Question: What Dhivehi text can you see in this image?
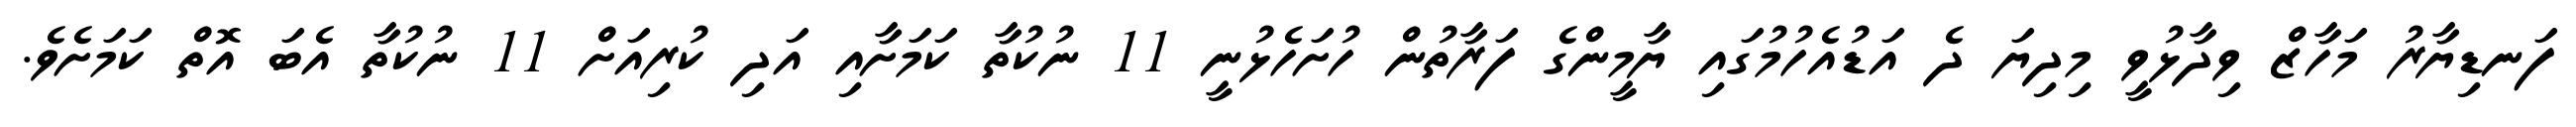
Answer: ފަނޑިޔާރު މަހާޒް ވިދާޅުވީ މިދިޔަ ދެ އަޑުއެހުމުގައި ޔާމީންގެ ފަރާތުން ހުށަހެޅުނީ 11 ނުކުތާ ކަމަށާއި އަދި ކުރިއަށް 11 ނުކުތާ އެބަ އޮތް ކަމަށެވެ.